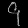
Digit: ၄